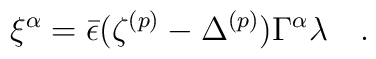
\xi^\alpha={\bar{\epsilon}}(\zeta^{(p)}-\Delta^{(p)})\Gamma^\alpha\lambda \quad .